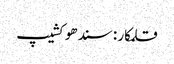
قلمکار : سندھو کشیپ